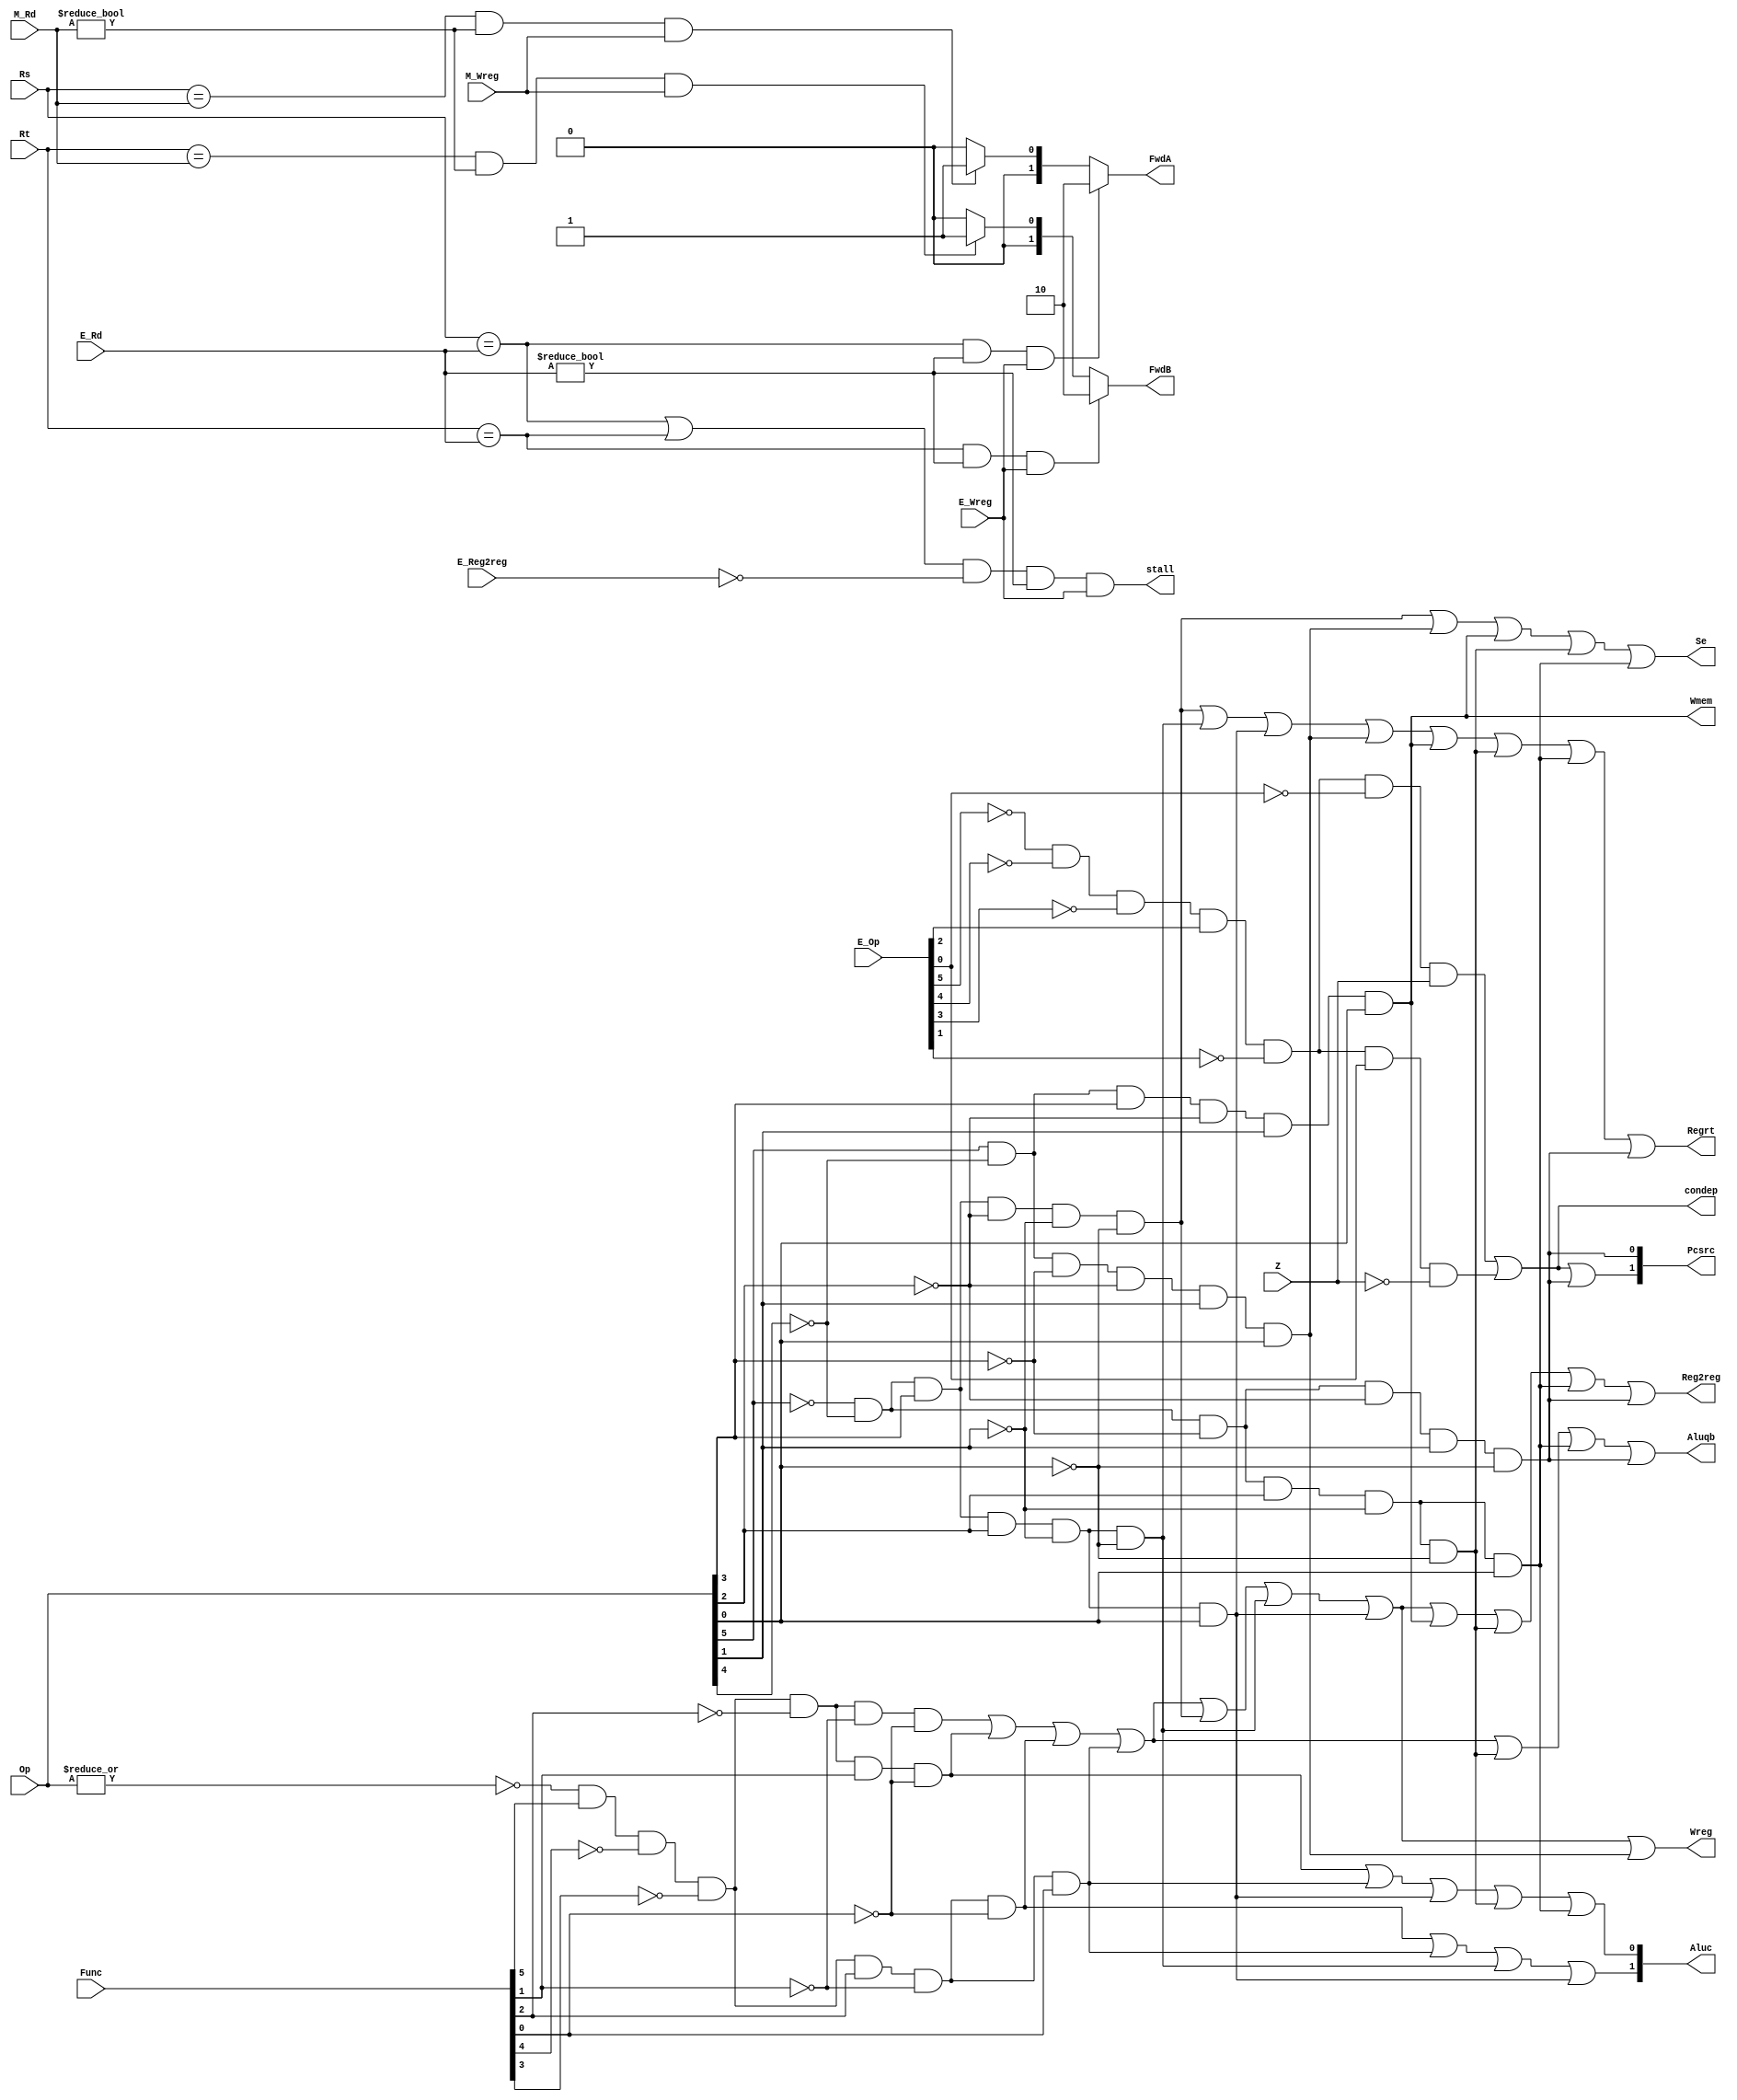
`timescale 1ns / 1ps

module CONUNIT(E_Op, Op, Func, Z, Regrt, Se, Wreg, Aluqb, Aluc, Wmem, Pcsrc, Reg2reg, Rs, Rt, E_Rd, M_Rd, E_Wreg, M_Wreg, FwdA, FwdB, E_Reg2reg, stall, condep);

input       [5:0]       Op, Func, E_Op;
input       [4:0]       E_Rd, M_Rd, Rs, Rt;
input                   Z, E_Wreg, M_Wreg, E_Reg2reg;
output                  Regrt, Se, Wreg, Aluqb, Wmem, Reg2reg, stall, condep;
output      [1:0]       Pcsrc, Aluc;
output reg  [1:0]       FwdA, FwdB;

wire    R_type      = ~|Op;
wire    I_add       = R_type & Func[5] & ~Func[4] & ~Func[3] & ~Func[2] & ~Func[1] & ~Func[0];
wire    I_sub       = R_type & Func[5] & ~Func[4] & ~Func[3] & ~Func[2] &  Func[1] & ~Func[0];
wire    I_and       = R_type & Func[5] & ~Func[4] & ~Func[3] &  Func[2] & ~Func[1] & ~Func[0];
wire    I_or        = R_type & Func[5] & ~Func[4] & ~Func[3] &  Func[2] & ~Func[1] &  Func[0];

wire    I_addi      = ~Op[5] & ~Op[4] &  Op[3] & ~Op[2] & ~Op[1] & ~Op[0];
wire    I_andi      = ~Op[5] & ~Op[4] &  Op[3] &  Op[2] & ~Op[1] & ~Op[0];
wire    I_ori       = ~Op[5] & ~Op[4] &  Op[3] &  Op[2] & ~Op[1] &  Op[0];
wire    I_lw        =  Op[5] & ~Op[4] & ~Op[3] & ~Op[2] &  Op[1] &  Op[0];
wire    I_sw        =  Op[5] & ~Op[4] &  Op[3] & ~Op[2] &  Op[1] &  Op[0];
wire    I_beq       = ~Op[5] & ~Op[4] & ~Op[3] &  Op[2] & ~Op[1] & ~Op[0];
wire    I_bne       = ~Op[5] & ~Op[4] & ~Op[3] &  Op[2] & ~Op[1] &  Op[0];
wire    I_J         = ~Op[5] & ~Op[4] & ~Op[3] & ~Op[2] &  Op[1] & ~Op[0];

wire    E_beq       = ~E_Op[5] & ~E_Op[4] & ~E_Op[3] & E_Op[2] & ~E_Op[1] & ~E_Op[0];
wire    E_bne       = ~E_Op[5] & ~E_Op[4] & ~E_Op[3] & E_Op[2] & ~E_Op[1] &  E_Op[0];

wire    E_Inst      = I_add       | I_sub        | I_and  | I_or  | I_sw   | I_beq  | I_bne ;
assign  Regrt       = I_addi      | I_andi       | I_ori  | I_lw  | I_sw   | I_beq  | I_bne | I_J  ;
assign  Se          = I_addi      | I_lw         | I_sw   | I_beq | I_bne  ;
assign  Wreg        = I_add       | I_sub        | I_and  | I_or  | I_addi | I_andi | I_ori | I_lw ;
assign  Aluqb       = I_add       | I_sub        | I_and  | I_or  | I_beq  | I_bne  | I_J   ;
assign  Aluc[1]     = I_and       | I_or         | I_andi | I_ori ;
assign  Aluc[0]     = I_sub       | I_or         | I_ori  | I_beq | I_bne  ;
assign  Wmem        = I_sw        ;
assign  Pcsrc[1]    = (E_beq & Z) | (E_bne & ~Z) | I_J    ;
assign  Pcsrc[0]    = I_J         ;
assign  Reg2reg     = I_add       | I_sub        | I_and  | I_or  | I_addi | I_andi | I_ori | I_sw | I_beq | I_bne | I_J;

assign  stall       = (Rs == E_Rd | Rt == E_Rd) & (E_Reg2reg == 0) & (E_Rd != 0) & (E_Wreg == 1);
assign  condep      = (E_beq & Z) | (E_bne & ~Z) ;

// WB forwarding.
always @(E_Rd, M_Rd, E_Wreg, M_Wreg, Rs, Rt) begin
   FwdA = 2'b00;
   if (Rs == E_Rd & E_Rd != 0 & E_Wreg == 1)
        FwdA = 2'b10;
   else if (Rs == M_Rd & M_Rd != 0 & M_Wreg == 1)
        FwdA = 2'b01;
end

// MEM forwarding.
always @(E_Rd, M_Rd, E_Wreg, M_Wreg, Rs, Rt) begin
    FwdB = 2'b00;
    if (Rt == E_Rd & E_Rd != 0 & E_Wreg == 1)
        FwdB = 2'b10;
    else if (Rt == M_Rd & M_Rd != 0 & M_Wreg == 1)
        FwdB = 2'b01;
end

endmodule